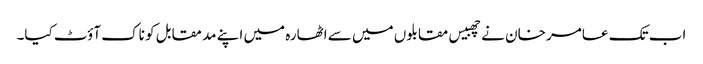
اب تک عامر خان نے چھبیس مقابلوں میں سے اٹھارہ میں اپنے مد مقابل کو ناک آؤٹ کیا۔